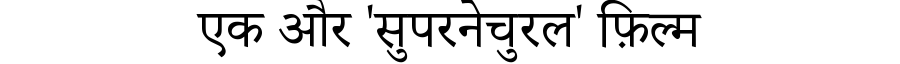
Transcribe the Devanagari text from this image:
एक और 'सुपरनेचुरल' फ़िल्म